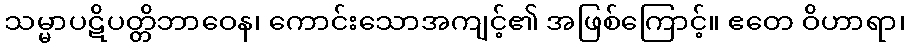
သမ္မာပဋိပတ္တိဘာဝေန၊ ကောင်းသောအကျင့်၏ အဖြစ်ကြောင့်။ ဧတေ ဝိဟာရာ၊